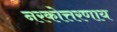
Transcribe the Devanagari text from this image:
नरकोत्तरणाय